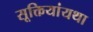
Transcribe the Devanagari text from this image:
सूक्तियांयथा